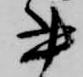
書